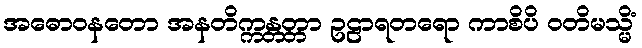
အဓောဝနတော အနတိက္ကန္တတ္တာ ဥဠာရတရော ကာစိပိ ဝတိမသ္မိံ